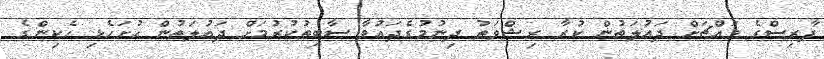
ފާރިސްގެ މައްޗަށް ދައުލަތުން ކުރާ ރިޝްވަތު ދިނުމުގެދައުވާ ސާބިތުކުރުމަށް ދައުލަތުން ހުށަހެޅި ހެކިންގެ